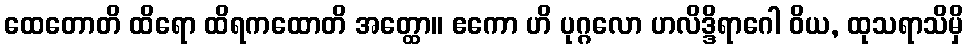
ထေတောတိ ထိရော ထိရကထောတိ အတ္ထော။ ဧကော ဟိ ပုဂ္ဂလော ဟလိဒ္ဒိရာဂေါ ဝိယ, ထုသရာသိမှိ